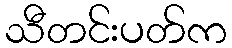
သီတင်းပတ်က